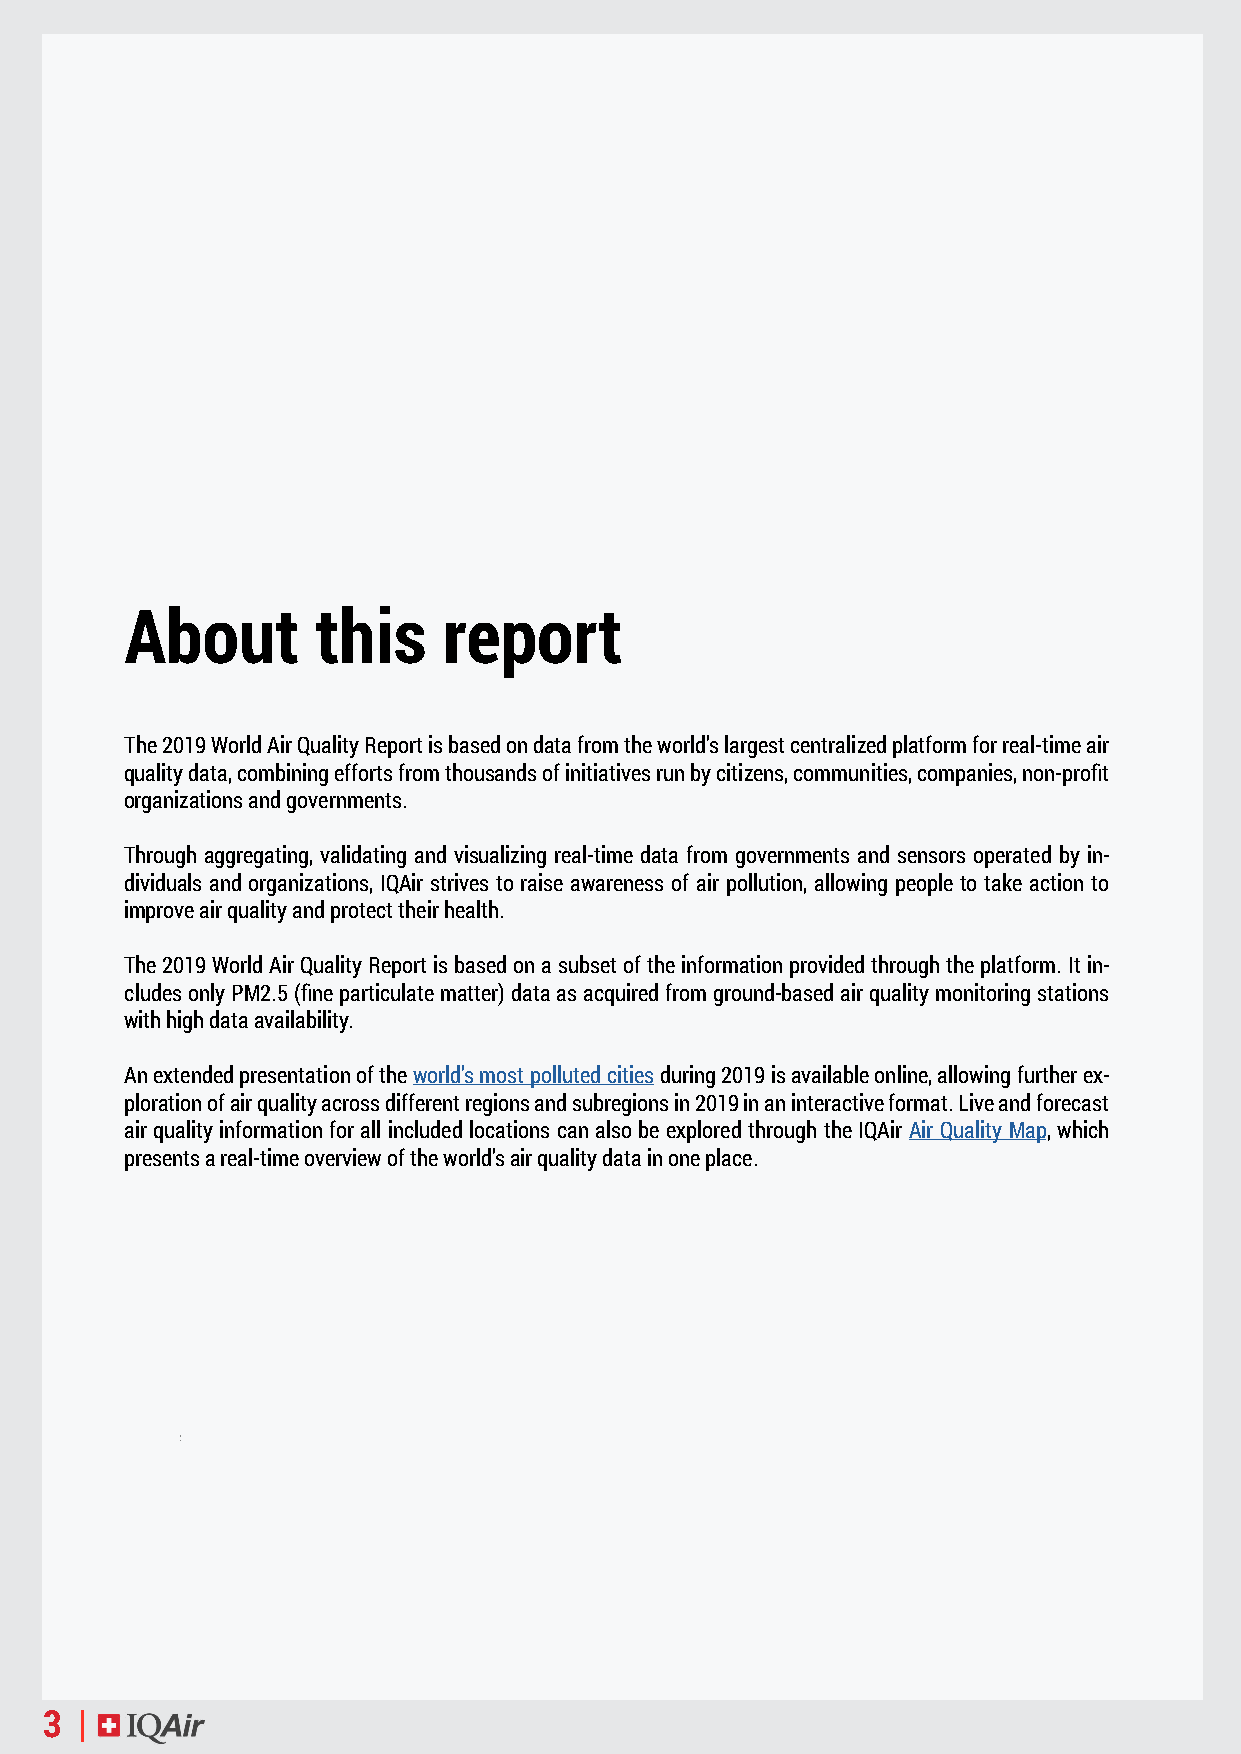
About        this    report
 The 2019 World Air Quality Report is based on data from the world’s largest centralized platform for real-time air
 quality data, combining efforts from thousands of initiatives run by citizens, communities, companies, non-profit
 organizations and governments.
 Through aggregating, validating and visualizing real-time data from governments and sensors operated by in-
 dividuals and organizations, IQAir strives to raise awareness of air pollution, allowing people to take action to
 improve air quality and protect their health.
 The 2019 World Air Quality Report is based on a subset of the information provided through the platform. It in-
 cludes only PM2.5 (fine particulate matter) data as acquired from ground-based air quality monitoring stations
 with high data availability.
 An extended presentation of the world’s most polluted cities during 2019 is available online, allowing further ex-
 ploration of air quality across different regions and subregions in 2019 in an interactive format. Live and forecast
 air quality information for all included locations can also be explored through the IQAir Air Quality Map, which
 presents a real-time overview of the world’s air quality data in one place.
 3 |